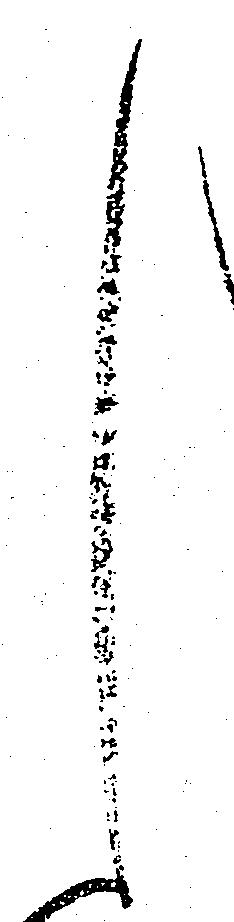
く